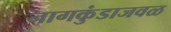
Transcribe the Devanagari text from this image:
नागकुंडाजवळ